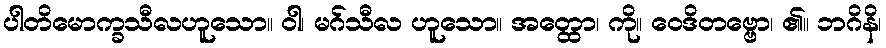
ပါတိမောက္ခသီလဟူသော။ ဝါ၊ မဂ်သီလ ဟူသော။ အတ္ထော၊ ကို။ ဝေဒိတဗ္ဗော၊ ၏။ ဘဂိနိ၊